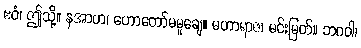
ဧဝံ၊ ဤသို့။ နအာဟ၊ ဟောတော်မမူချေ။ မဟာရာဇ၊ မင်းမြတ်။ ဘဂဝါ၊